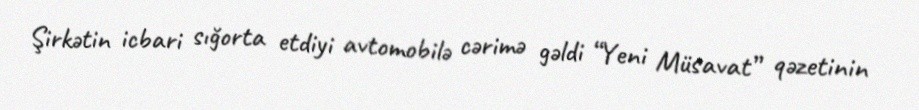
Şirkətin icbari sığorta etdiyi avtomobilə cərimə gəldi “Yeni Müsavat” qəzetinin